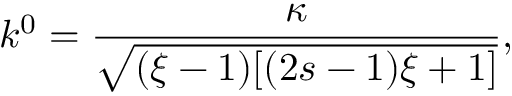
k ^ { 0 } = \frac { \kappa } { \sqrt { ( \xi - 1 ) [ ( 2 s - 1 ) \xi + 1 ] } } ,